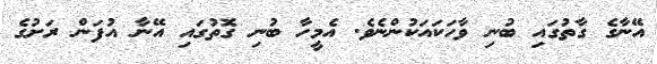
އޭނާގެ ގާތުގައި ބުނި ވާހަކައަކުންނެވެ. އެމީހާ ބުނި ގޮތުގައި އޭނާ އުފަން ރަށުގެ